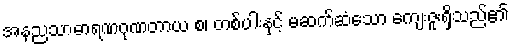
အနညသာဓာရဏဂုဏတာယ စ၊ တစ်ပါးနှင့် မဆက်ဆံသော ကျေးဇူးရှိသည်၏